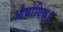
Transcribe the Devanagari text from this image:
औद्योगिक।